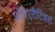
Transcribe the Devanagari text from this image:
प्रॉप्रिएटैटिबस